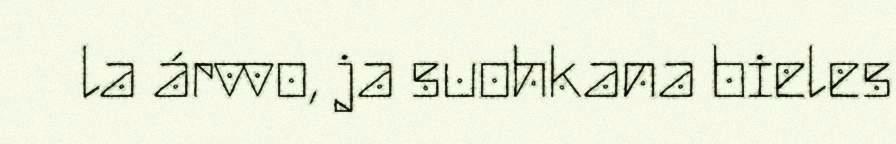
la árvvo, ja suohkana bieles